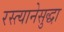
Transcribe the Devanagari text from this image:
रस्त्यानेसुद्धा